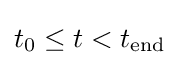
t_{0}\leq t<t_{\text{end}}